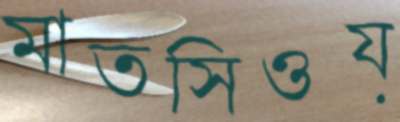
মাতসিওয়